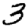
Digit: 3